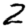
Digit: 2